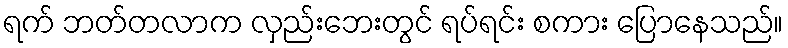
ရက် ဘတ်တလာက လှည်းဘေးတွင် ရပ်ရင်း စကား ပြောနေသည်။